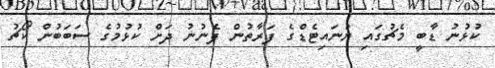
ކުޅުނު ޑާބީ މެޗުގައި ޔުނައިޓެޑްގެ ފަރާތުން ފެނުނު ދަށް ކުޅުމުގެ ސަބަބުން ކޯޗު